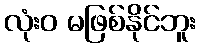
လုံးဝ မဖြစ်နိုင်ဘူး